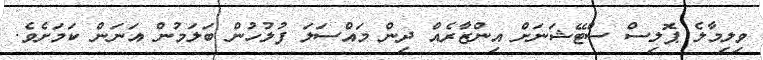
ވިލިމާލެ ޕޮލިސް ސްޓޭޝަނަށް އިންޒާރެއް ދިން މައްސަލަ ފުލުހުން ބަލަމުން އަނަން ކަމަށެވެ.